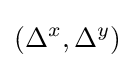
(\Delta ^{x},\Delta ^{y})